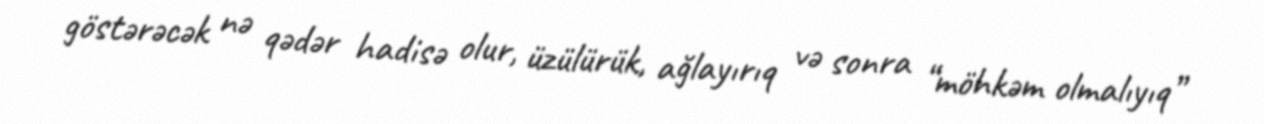
göstərəcək nə qədər hadisə olur, üzülürük, ağlayırıq və sonra “möhkəm olmalıyıq”